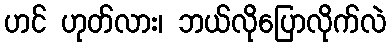
ဟင် ဟုတ်လား၊ ဘယ်လိုပြောလိုက်လဲ